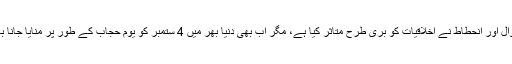
اگرچہ عمومی زوال اور انحطاط نے اخلاقیات کو بری طرح متاثر کیا ہے، مگر اب بھی دنیا بھر میں 4 ستمبر کو یوم حجاب کے طور پر منایا جانا باعث اطمینان ہے۔